Report of the Municipal Commissioner on the plague in Bombay for the year ending 31st May... - Volume 1
Disease focus: Plague
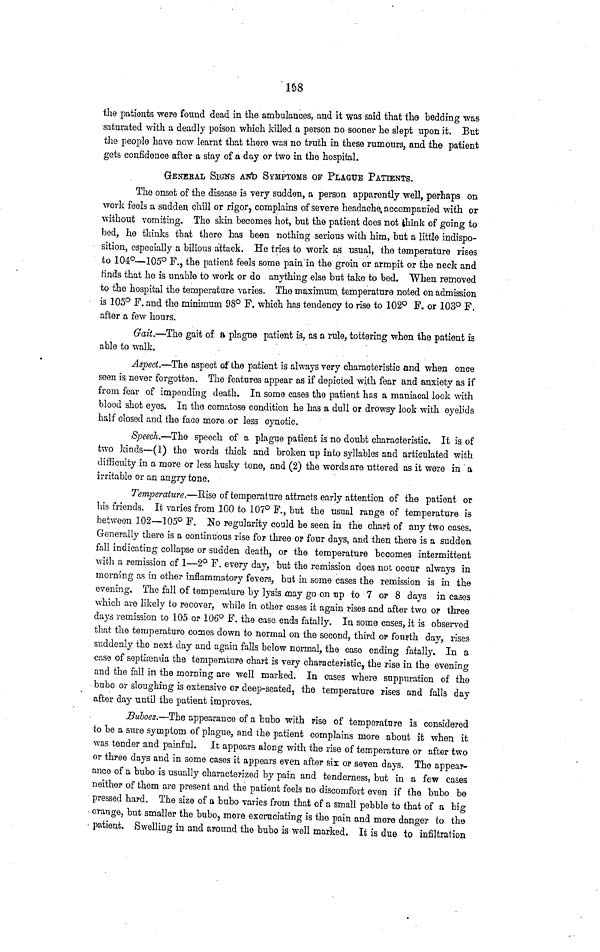
1S8
the patients were found dead in the ambulances, and it was said that the bedding was
saturated with a deadly poison which killed a person no sooner he slept upon it. But
the people have now learnt that there was no truth in these rumours, and the patient
gets confidence after a stay of a day or two in the hospital.
GENERAL SIGNS AND SYMPTOMS OF PLAGUE PATIENTS.
The onset of the disease is very sudden, a person apparently well, perhaps on
work feels a sudden chill or rigor, complains of severe headache, accompanied with or
without vomiting. The skin becomes hot, but the patient does not think of going to
bed, he thinks that there has been nothing serious with him, but a little indispo-
sition, especially a bilious attack. He tries to work as usual, the temperature rises
to 104°—105° F., the patient feels some pain in the groin or armpit or the neck and
finds that he is unable to work or do anything else but take to bed. When removed
to the hospital the temperature varies. The maximum temperature noted on admission
is 105° F. and the minimum 98° F. which has tendency to rise to 102° F. or 103° F.
after a few hours.
Gait.—The gait of a plague patient is, as a rule, tottering when the patient is
able to walk.
Aspect.—The aspect of the patient is always very characteristic and when once
seen is never forgotten. The features appear as if depicted with fear and anxiety as if
from fear of impending death. In some cases the patient has a maniacal look with
blood shot eyes. In the comatose condition he has a dull or drowsy look with eyelids
half closed and the face more or less cynotic.
Speech.—The speech of a plague patient is no doubt characteristic. It is of
two kinds—(1) the words thick and broken up into syllables and articulated with
difficulty in a more or less husky tone, and (2) the words are uttered as it were in a
irritable or an angry tone.
Temperature.—Rise of temperature attracts early attention of the patient or
his friends. It varies from 100 to 107° F., but the usual range of temperature is
between 102—105° F. No regularity could be seen in the chart of any two cases.
Generally there is a continuous rise for three or four days, and then there is a sudden
fall indicating collapse or sudden death, or the temperature becomes intermittent
with a remission of 1—2° F. every day, but the remission does not occur always in
morning as in other inflammatory fevers, but in some cases the remission is in the
evening. The fall of temperature by lysis may go on up to 7 or 8 days in cases
which are likely to recover, while in other cases it again rises and after two or three
days remission to 105 or 106° F. the case ends fatally. In some cases, it is observed
that the temperature comes down to normal on the second, third or fourth day, rises
suddenly the next day and again falls below normal, the case ending fatally. In a
case of septiiemia the temperature chart is very characteristic, the rise in the evening
and the fall in the morning are well marked. In cases where suppuration of the
bubo or sloughing is extensive or deep-seated, the temperature rises and falls day
after day until the patient improves.
Buboes.—The appearance of a bubo with rise of temperature is considered
to be a sure symptom of plague, and the patient complains more about it when it
was tender and painful. It appears along with the rise of temperature or after two
or three days and in some cases it appears even after six or seven days. The appear-
ance of a bubo is usually characterized by pain and tenderness, but in a few cases
neither of them are present and the patient feels no discomfort even if the bubo be
pressed hard. The size of a bubo varies from that of a small pebble to that of a big
orange, but smaller the bubo, more excruciating is the pain and more danger to the
patient. Swelling in and around the bubo is well marked. It is due to infiltration